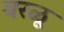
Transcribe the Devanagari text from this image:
बरळू